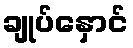
ချုပ်နှောင်